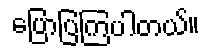
ပြောပြကြပါတယ်။